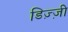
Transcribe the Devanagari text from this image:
डिज़्ज़ी